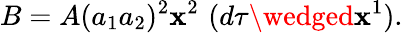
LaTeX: B=A(a_{1}a_{2})^{2}\mathbf{x}^{2}\, \, (d\tau\wedged\mathbf{x}^{1}).